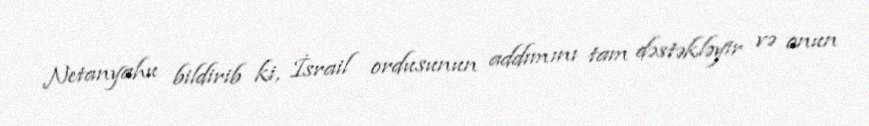
Netanyahu bildirib ki, İsrail ordusunun addımını tam dəstəkləyir və onun